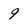
Character: 9